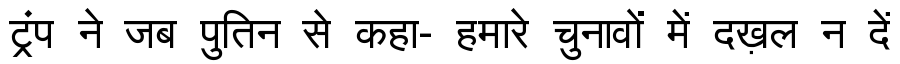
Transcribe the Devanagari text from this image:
ट्रंप ने जब पुतिन से कहा- हमारे चुनावों में दख़ल न दें